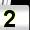
Digit: 2